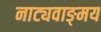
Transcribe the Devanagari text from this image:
नाट्यवाङ्‌मय